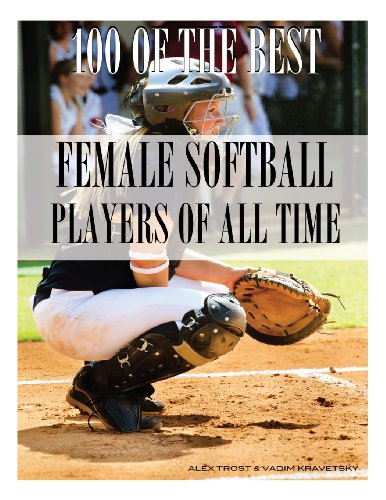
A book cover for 100 of the Best Female Softball Players of All Time; Alex Trostanetskiy; Sports & Outdoors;